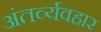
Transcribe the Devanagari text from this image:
अंतर्व्यवहार